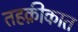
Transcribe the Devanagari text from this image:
तहक़ीकात